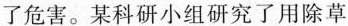
了危害。某科研小组研究了用除草